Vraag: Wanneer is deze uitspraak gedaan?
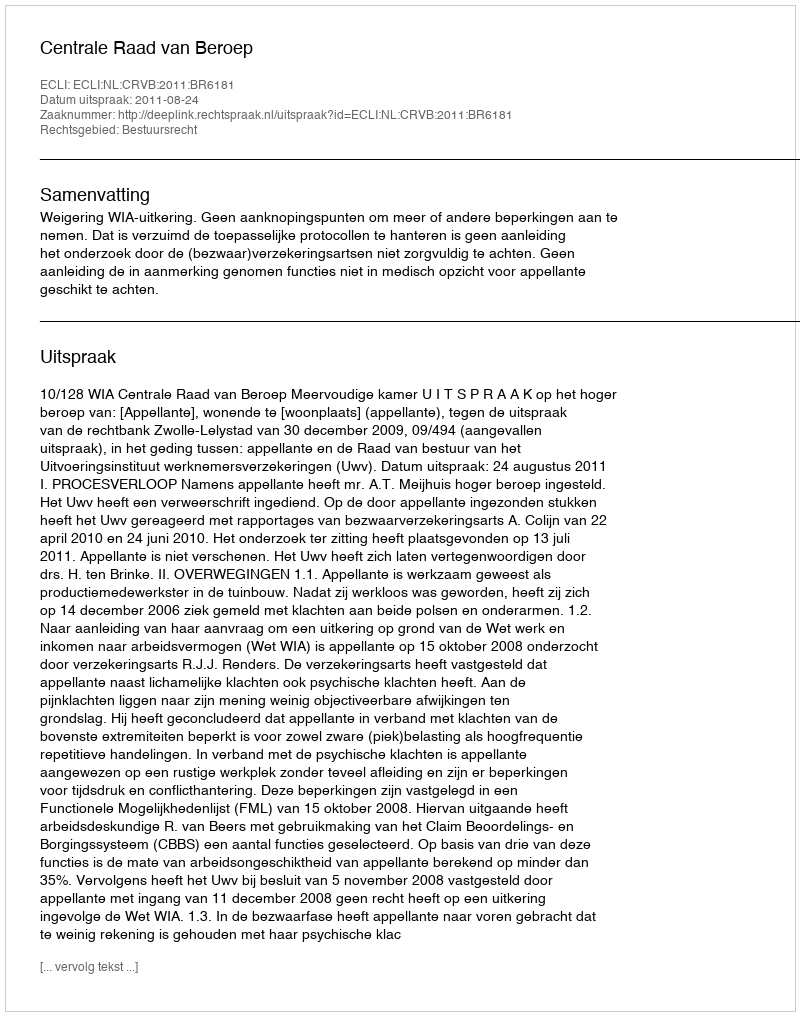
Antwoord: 2011-08-24